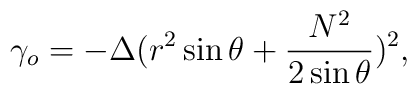
\gamma_o=-\Delta(r^2\sin\theta+\frac{N^2}{2\sin\theta})^2,